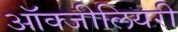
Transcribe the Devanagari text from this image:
ऑक्जीलियरी